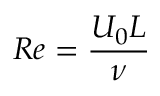
R e = \frac { U _ { 0 } L } { \nu }